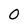
Character: o